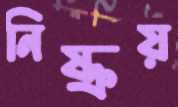
নিষ্ক্রয়